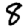
Digit: 8